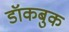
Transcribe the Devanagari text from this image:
डॉकबुक